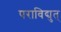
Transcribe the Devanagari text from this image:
पराविद्युत्